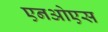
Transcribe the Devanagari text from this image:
एनओएस